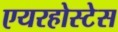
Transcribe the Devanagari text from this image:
एयरहोस्टेस